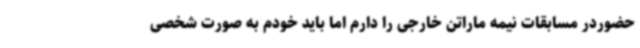
حضوردر مسابقات نیمه ماراتن خارجی را دارم اما باید خودم به صورت شخصی